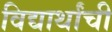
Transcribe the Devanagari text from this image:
विद्यार्थांची